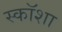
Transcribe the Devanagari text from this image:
स्कॉशा